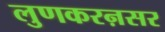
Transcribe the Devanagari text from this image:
लुणकरऩसर